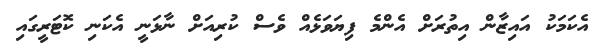
އެކަމަކު އައިޒާން އިތުރަށް އެންމެ ފިޔަވަޅެއް ވެސް ކުރިއަށް ނާޅަނީ އެކަނި ކޮޓަރީގައި